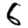
Digit: 6